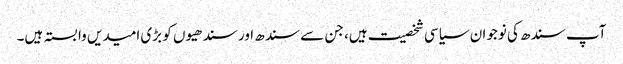
آپ سندھ کی نوجوان سیاسی شخصیت ہیں، جن سے سندھ اور سندھیوں کو بڑی امیدیں وابستہ ہیں۔